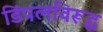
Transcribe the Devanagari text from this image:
डिंपलविरूद्ध